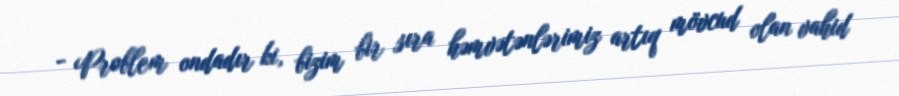
- Problem ondadır ki, bizim bir sıra həmvətənlərimiz artıq mövcud olan vahid